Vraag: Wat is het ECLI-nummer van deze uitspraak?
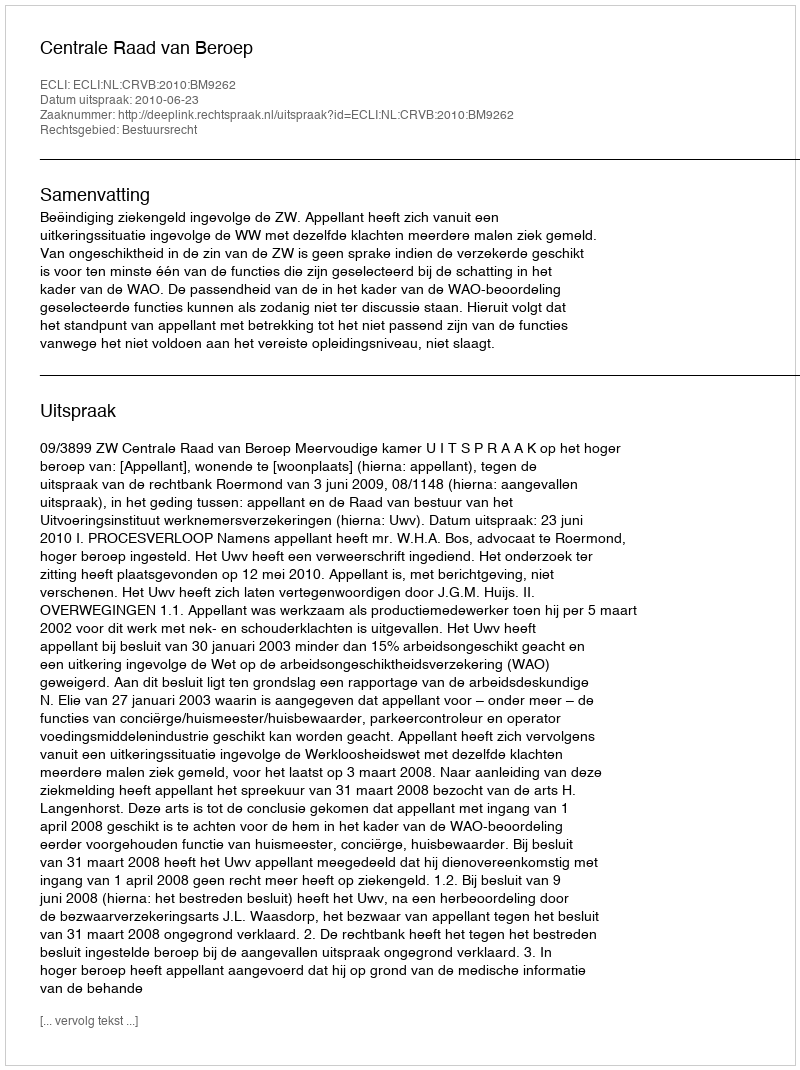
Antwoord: ECLI:NL:CRVB:2010:BM9262